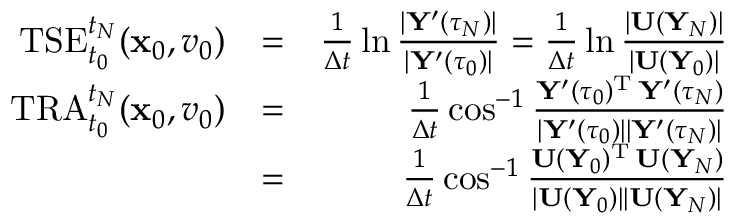
\begin{array} { r l r } { \mathrm { T S E } _ { t _ { 0 } } ^ { t _ { N } } ( { \mathbf x } _ { 0 } , v _ { 0 } ) } & { = } & { \frac { 1 } { \Delta t } \ln \frac { | { \mathbf Y } ^ { \prime } ( \tau _ { N } ) | } { | { \mathbf Y } ^ { \prime } ( \tau _ { 0 } ) | } = \frac { 1 } { \Delta t } \ln \frac { | { \mathbf U } ( { \mathbf Y } _ { N } ) | } { | { \mathbf U } ( { \mathbf Y } _ { 0 } ) | } } \\ { \mathrm { T R A } _ { t _ { 0 } } ^ { t _ { N } } ( { \mathbf x } _ { 0 } , v _ { 0 } ) } & { = } & { \frac { 1 } { \Delta t } \cos ^ { - 1 } \frac { { \mathbf Y } ^ { \prime } ( \tau _ { 0 } ) ^ { { \mathrm T } } \, { \mathbf Y } ^ { \prime } ( \tau _ { N } ) } { | { \mathbf Y } ^ { \prime } ( \tau _ { 0 } ) | | { \mathbf Y } ^ { \prime } ( \tau _ { N } ) | } } \\ & { = } & { \frac { 1 } { \Delta t } \cos ^ { - 1 } \frac { { \mathbf U } ( { \mathbf Y } _ { 0 } ) ^ { { \mathrm T } } \, { \mathbf U } ( { \mathbf Y } _ { N } ) } { | { \mathbf U } ( { \mathbf Y } _ { 0 } ) | | { \mathbf U } ( { \mathbf Y } _ { N } ) | } } \end{array}